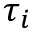
\tau _ { i }